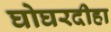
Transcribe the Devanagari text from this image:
घोघरदीहा